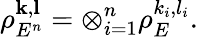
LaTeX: \rho_{E^{n}}^{\mathbf{k},\mathbf{l}}=\otimes_{i=1}^{n}\rho_{E}^{k_{i},l_{i}}.